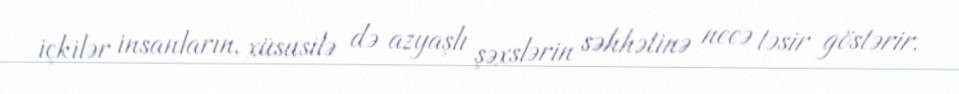
içkilər insanların, xüsusilə də azyaşlı şəxslərin səhhətinə necə təsir göstərir.